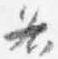
各